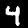
Digit: 4